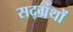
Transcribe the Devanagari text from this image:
सद्ग्रंथों